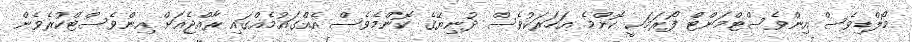
މޯލްޑިވެސް އިންވެސްޓްމަންޓް ފޯރަމަކީ ކޮންމެ އަހަރަކުވެސް ދުނިޔޭގެ ކޮންމެވެސް އެއްގައުމެއްގައި ރާއްޖެއަށް އިންވެސްޓްކުރެވެން